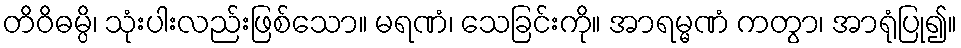
တိဝိဓမ္ပိ၊ သုံးပါးလည်းဖြစ်သော။ မရဏံ၊ သေခြင်းကို။ အာရမ္မဏံ ကတွာ၊ အာရုံပြု၍။